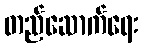
တည်ဆောက်ရေး